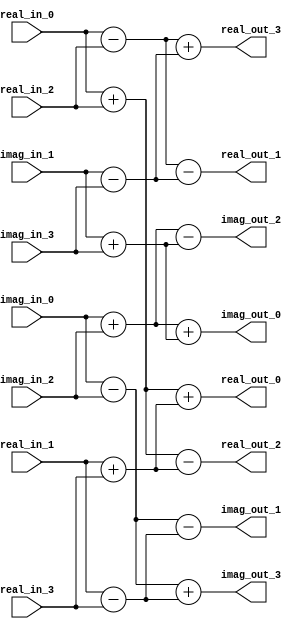
module fft4(
    input wire signed[7:0] real_in_0,
    input wire signed[7:0] real_in_1,
    input wire signed[7:0] real_in_2,
    input wire signed[7:0] real_in_3,
	 input wire signed[7:0] imag_in_0,
    input wire signed[7:0] imag_in_1,
    input wire signed[7:0] imag_in_2,
    input wire signed[7:0] imag_in_3,
    output wire signed[7:0] real_out_0,
    output wire signed[7:0] real_out_1,
    output wire signed[7:0] real_out_2,
    output wire signed[7:0] real_out_3,
    output wire signed[7:0] imag_out_0,
    output wire signed[7:0] imag_out_1,
    output wire signed[7:0] imag_out_2,
    output wire signed[7:0] imag_out_3
);


// 
wire [7:0] tmp_real_0, tmp_real_1, tmp_real_2, tmp_real_3;
wire [7:0] tmp_imag_0, tmp_imag_1, tmp_imag_2, tmp_imag_3;

assign tmp_real_0 = real_in_0 + real_in_2;
assign tmp_real_1 = real_in_0 - real_in_2;
assign tmp_real_2 = real_in_1 + real_in_3;
assign tmp_real_3 = real_in_1 - real_in_3;

assign tmp_imag_0 = imag_in_0 + imag_in_2;
assign tmp_imag_1 = imag_in_0 - imag_in_2;
assign tmp_imag_2 = imag_in_1 + imag_in_3;
assign tmp_imag_3 = imag_in_1 - imag_in_3;

// 
wire [7:0] tmp2_real_0, tmp2_real_1, tmp2_real_2, tmp2_real_3;
wire [7:0] tmp2_imag_0, tmp2_imag_1, tmp2_imag_2, tmp2_imag_3;

assign tmp2_real_0 = tmp_real_0 + tmp_real_2;
assign tmp2_real_1 = tmp_real_1 - tmp_imag_3;
assign tmp2_real_2 = tmp_real_0 - tmp_real_2;
assign tmp2_real_3 = tmp_real_1 + tmp_imag_3;

assign tmp2_imag_0 = tmp_imag_0 + tmp_imag_2;
assign tmp2_imag_1 = tmp_imag_1 - tmp_real_3;
assign tmp2_imag_2 = tmp_imag_0 - tmp_imag_2;
assign tmp2_imag_3 = tmp_imag_1 + tmp_real_3;

// 
assign real_out_0 = tmp2_real_0;
assign real_out_1 = tmp2_real_1;
assign real_out_2 = tmp2_real_2;
assign real_out_3 = tmp2_real_3;

assign imag_out_0 = tmp2_imag_0;
assign imag_out_1 = tmp2_imag_1;
assign imag_out_2 = tmp2_imag_2;
assign imag_out_3 = tmp2_imag_3;

endmodule